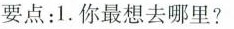
要点：1.你最想去哪里？